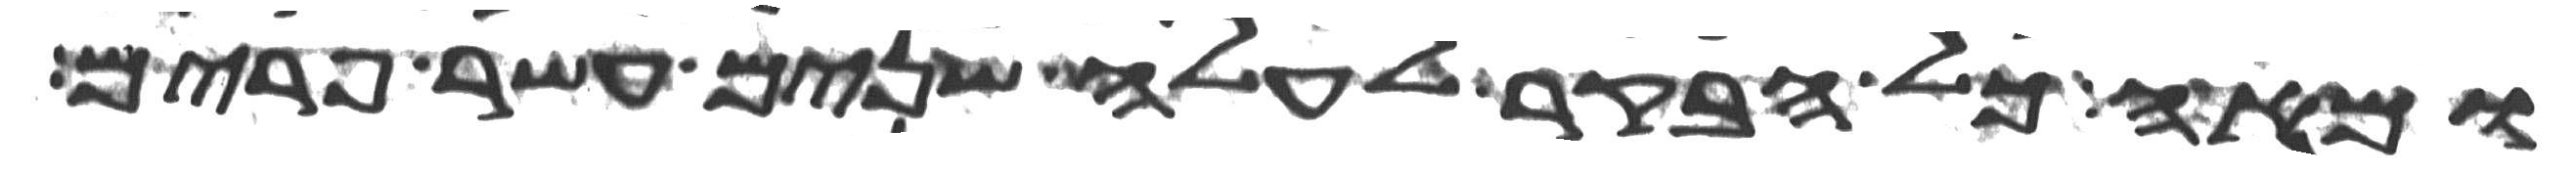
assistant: ומאה כל הבקר לעלה שנים עשר פרים